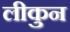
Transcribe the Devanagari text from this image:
लीकुन